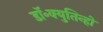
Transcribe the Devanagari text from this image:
डॉ॰क्युतिन्हो